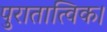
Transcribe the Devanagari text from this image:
पुरातात्विक।